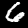
Label: 6